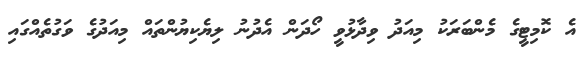
އެ ކޮމިޓީގެ މެންބަރަކު މިއަދު ވިދާޅުވީ ހޯދަން އެދުނު ލިޔެކިޔުންތައް މިއަދުގެ ވަގުތެއްގައި